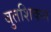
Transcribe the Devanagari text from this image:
बुतशिकन